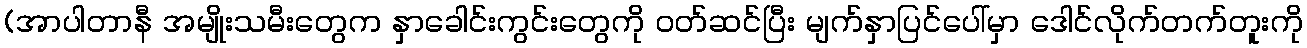
(အာပါတာနီ အမျိုးသမီးတွေက နှာခေါင်းကွင်းတွေကို ဝတ်ဆင်ပြီး မျက်နှာပြင်ပေါ်မှာ ဒေါင်လိုက်တက်တူးကို